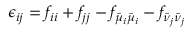
\epsilon _ { i j } = { f _ { i i } + f _ { j j } - f _ { \bar { \mu } _ { i } \bar { \mu } _ { i } } - f _ { \bar { \nu } _ { j } \bar { \nu } _ { j } } }